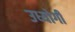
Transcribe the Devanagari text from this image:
उध्योगी